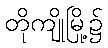
တိုကျိုမြို့၌